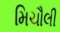
મિચૌલી